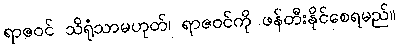
ရာဇဝင် သိရုံသာမဟုတ်၊ ရာဇဝင်ကို ဖန်တီးနိုင်စေရမည်။